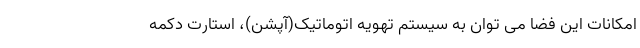
امکانات این فضا می توان به سیستم تهویه اتوماتیک(آپشن)، استارت دکمه